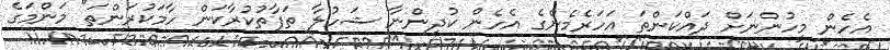
އެހެން މީހުންނަށް ދައްކަންތަ އަހަރެމެންގެ އެހެން ކުދިންނާ ޝަހުލާ ތަފާތުކުރާކަން ހާމަކުރަންތަ" މަންމަގެ